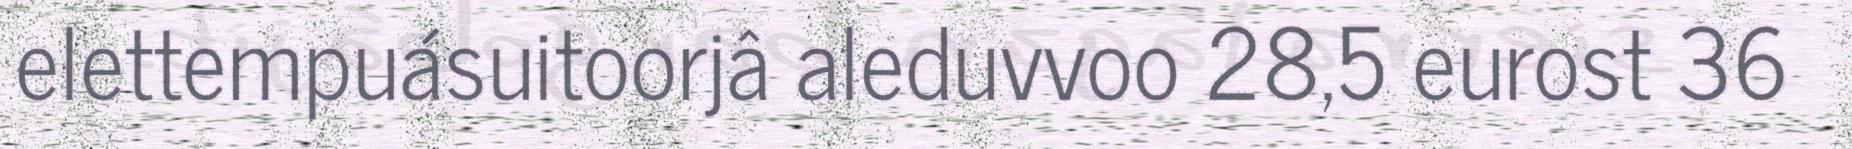
elettempuásuitoorjâ aleduvvoo 28,5 eurost 36